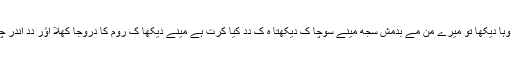
دِدِ کو وہا دیکھا تو میرے من مے بدمشِ سُجھِ مینے سوچا کِ دیکھتا ہُ کِ دِدِ کیا کرتِ ہے مینے دیکھا کِ رُوم کا دروجا کھُلا اؤر دِدِ اَندر چلِ گیِ۔